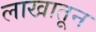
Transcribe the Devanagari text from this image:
लाखातून